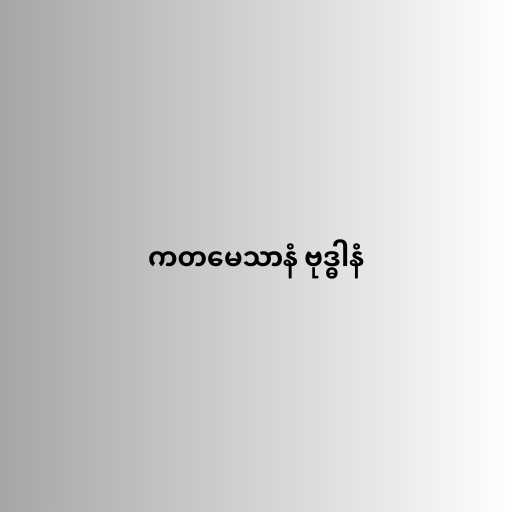
ကတမေသာနံ ဗုဒ္ဓါနံ